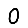
Digit: 0